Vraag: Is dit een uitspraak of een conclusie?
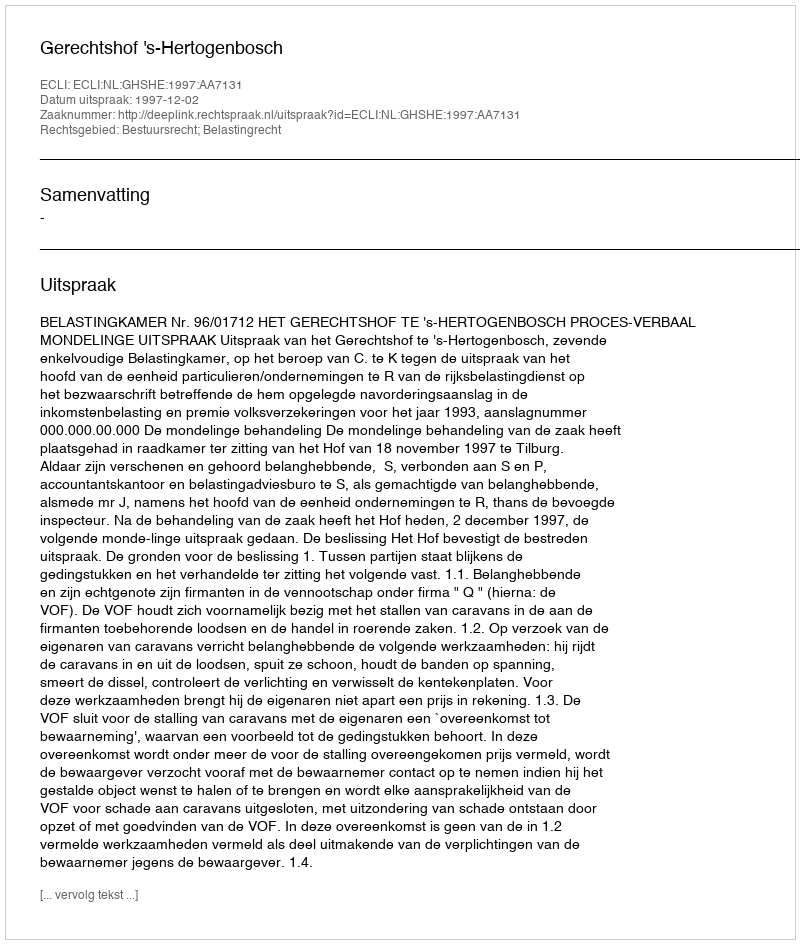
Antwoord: Uitspraak